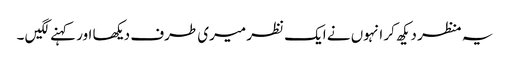
یہ منظر دیکھ کر انہوں نے ایک نظر میری طرف دیکھا اور کہنے لگیں ۔